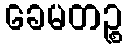
ခေမတဉ္စ